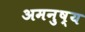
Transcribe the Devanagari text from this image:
अमनुष्य